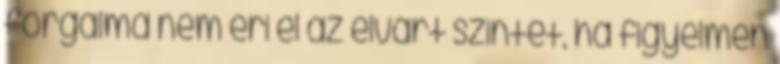
forgalma nem éri el az elvárt szintet, ha figyelmen